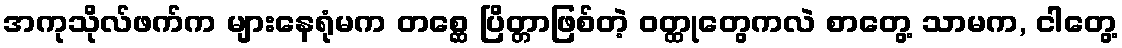
အကုသိုလ်ဖက်က များနေရုံမက တစ္ဆေ ပြိတ္တာဖြစ်တဲ့ ဝတ္ထုတွေကလဲ စာတွေ့ သာမက, ငါတွေ့